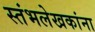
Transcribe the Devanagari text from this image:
स्तंभलेखकांना